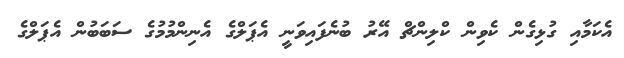
އެކަމާއި ގުޅިގެން ކެވިން ކްލިންޗް އޭރު ބުނެފައިވަނީ އެޕަލްގެ އެނިންމުމުގެ ސަބަބުން އެޕަލްގެ